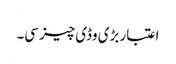
اعتبار بڑی وڈی چیز سی۔